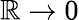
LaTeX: \mathbb{R}\rightarrow0